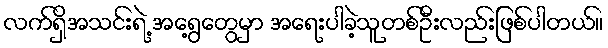
လက်ရှိအသင်းရဲ့ အရွေ့တွေမှာ အရေးပါခဲ့သူတစ်ဦးလည်းဖြစ်ပါတယ်။